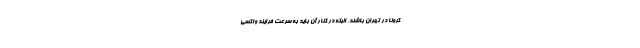
کرونا در تهران باشند‌. البته در کنار آن باید به سرعت فرایند واکسی